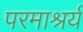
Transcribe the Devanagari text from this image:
परमाश्रर्य